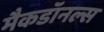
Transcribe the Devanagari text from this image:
मैकडॉनल्स